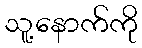
သူ့နောက်ကို